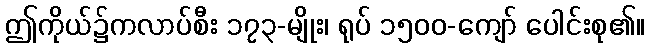
ဤကိုယ်၌ကလာပ်စီး ၁၇၃-မျိုး၊ ရုပ် ၁၅၀၀-ကျော် ပေါင်းစု၏။